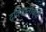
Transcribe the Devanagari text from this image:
द्विशाताब्दी